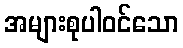
အများစုပါဝင်သော